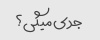
جدی میگی؟